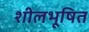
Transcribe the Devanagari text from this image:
शीलभूषित